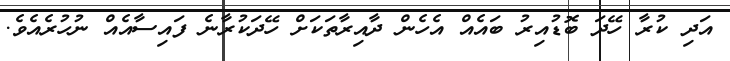
އަދި ކުރާ ހޭދަ ބޮޑުއިރު ބައެއް އެހެން ދާއިރާތަކަށް ހޭދަކުރާނެ ފައިސާއެއް ނުހުރެއެވެ.